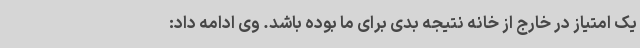
یک امتیاز در خارج از خانه نتیجه بدی برای ما بوده باشد. وی ادامه داد: